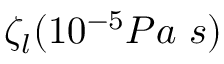
\zeta _ { l } ( 1 0 ^ { - 5 } P a \ s )